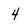
Character: 4